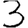
Digit: 3